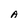
Character: A